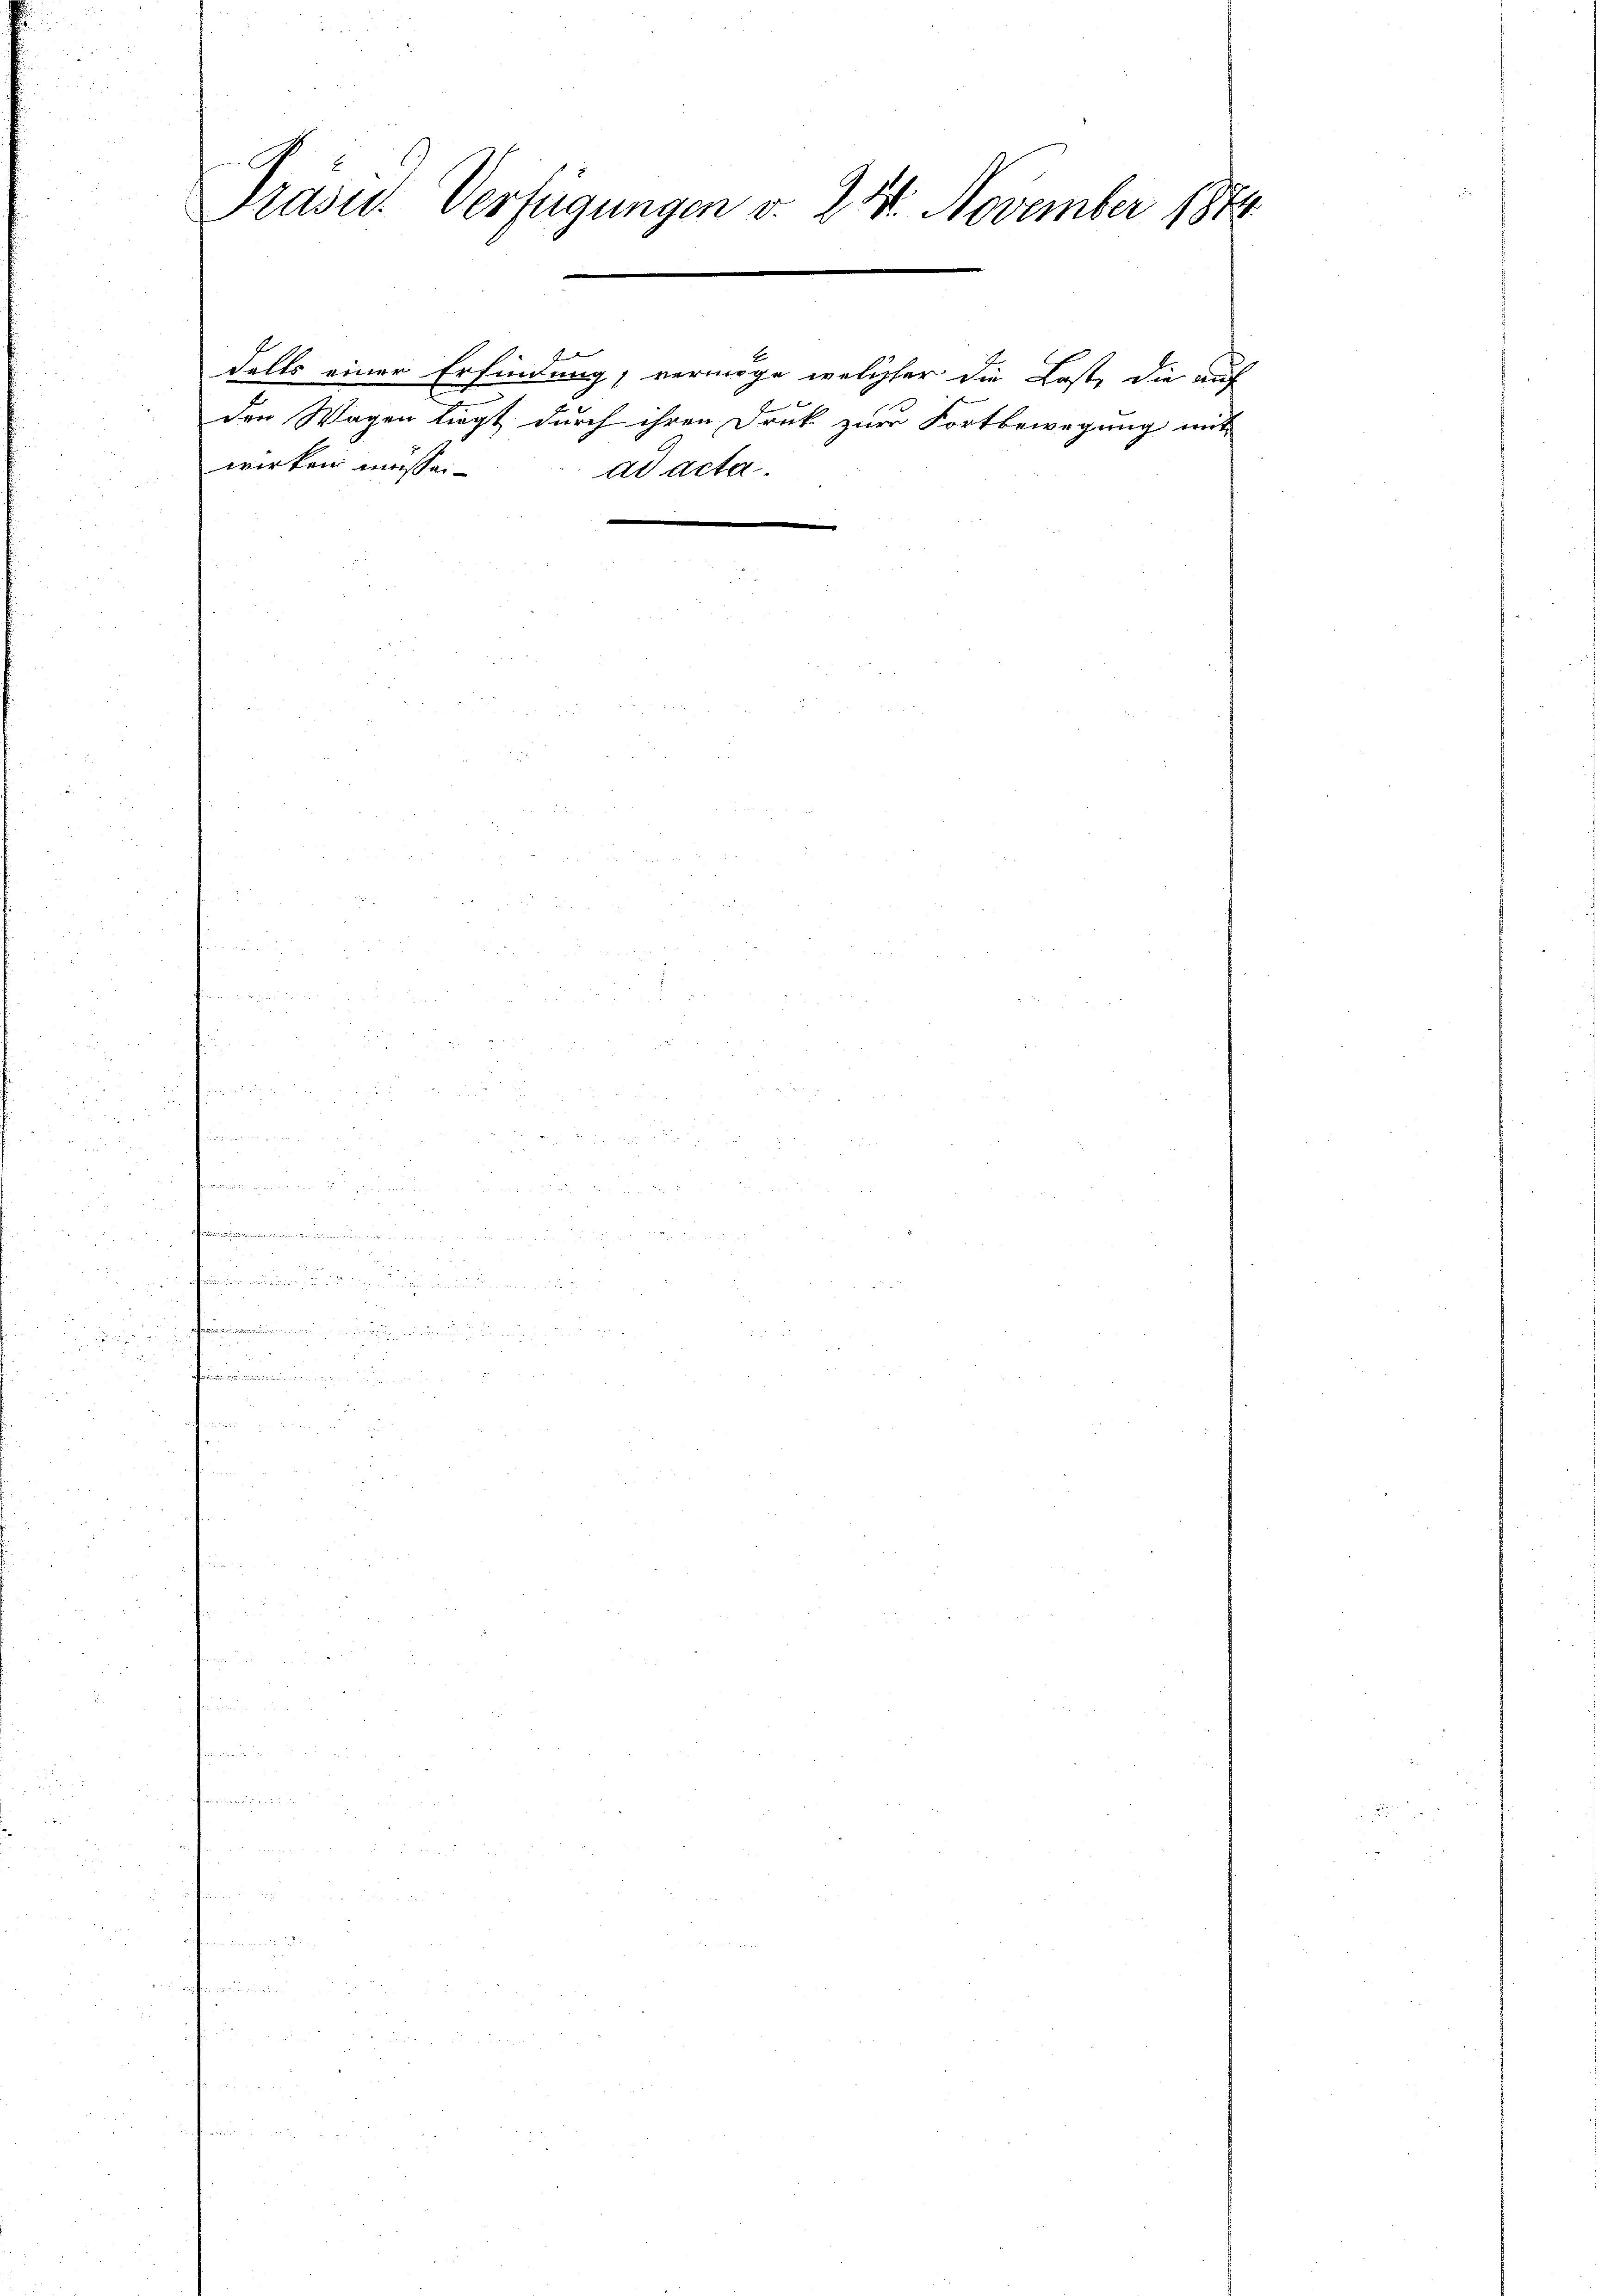
Präsid. Verfügungen v. 24. November 1884
4

wirken müssen.

d
dalls einer Erfindung, vermöge welcher die Last, die auf
den Wagen liegt durch ihren Druk zur Fortbewegung mit
ad acta